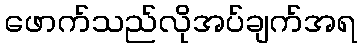
ဖောက်သည်လိုအပ်ချက်အရ